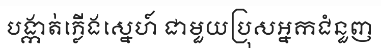
បង្កាត់ភ្លើងស្នេហ៍ ជាមួយប្រុសអ្នកជំនួញ